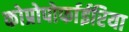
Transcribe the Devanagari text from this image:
कोप्रोपोर्फाईरिया